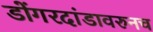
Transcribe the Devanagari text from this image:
डोंगरदांडावरुनच